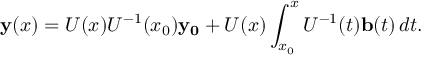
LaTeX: \mathbf { y } ( x ) = U ( x ) U ^ { - 1 } ( x _ { 0 } ) \mathbf { y _ { 0 } } + U ( x ) \int _ { x _ { 0 } } ^ { x } U ^ { - 1 } ( t ) \mathbf { b } ( t ) \, d t .